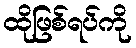
ထိုဖြစ်ရပ်ကို